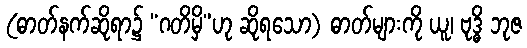
(ဓာတ်နက်ဆိုရာ၌ “ဂတိမှိ”ဟု ဆိုရသော) ဓာတ်များကို ယူ၊ ဗုဒ္ဓိ ဘုဇ